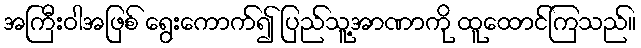
အကြီးဝါအဖြစ် ရွေးကောက်၍ ပြည်သူ့အာဏာကို ထူထောင်ကြသည်။